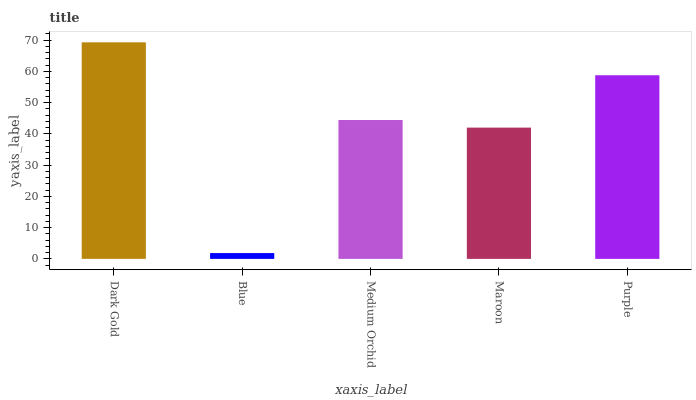
| xaxis_label | bars |
 | --- | --- |
 | Dark Gold | 69.3 |
 | Blue | 1.86 |
 | Medium Orchid | 44.4 |
 | Maroon | 42 |
 | Purple | 58.8 |